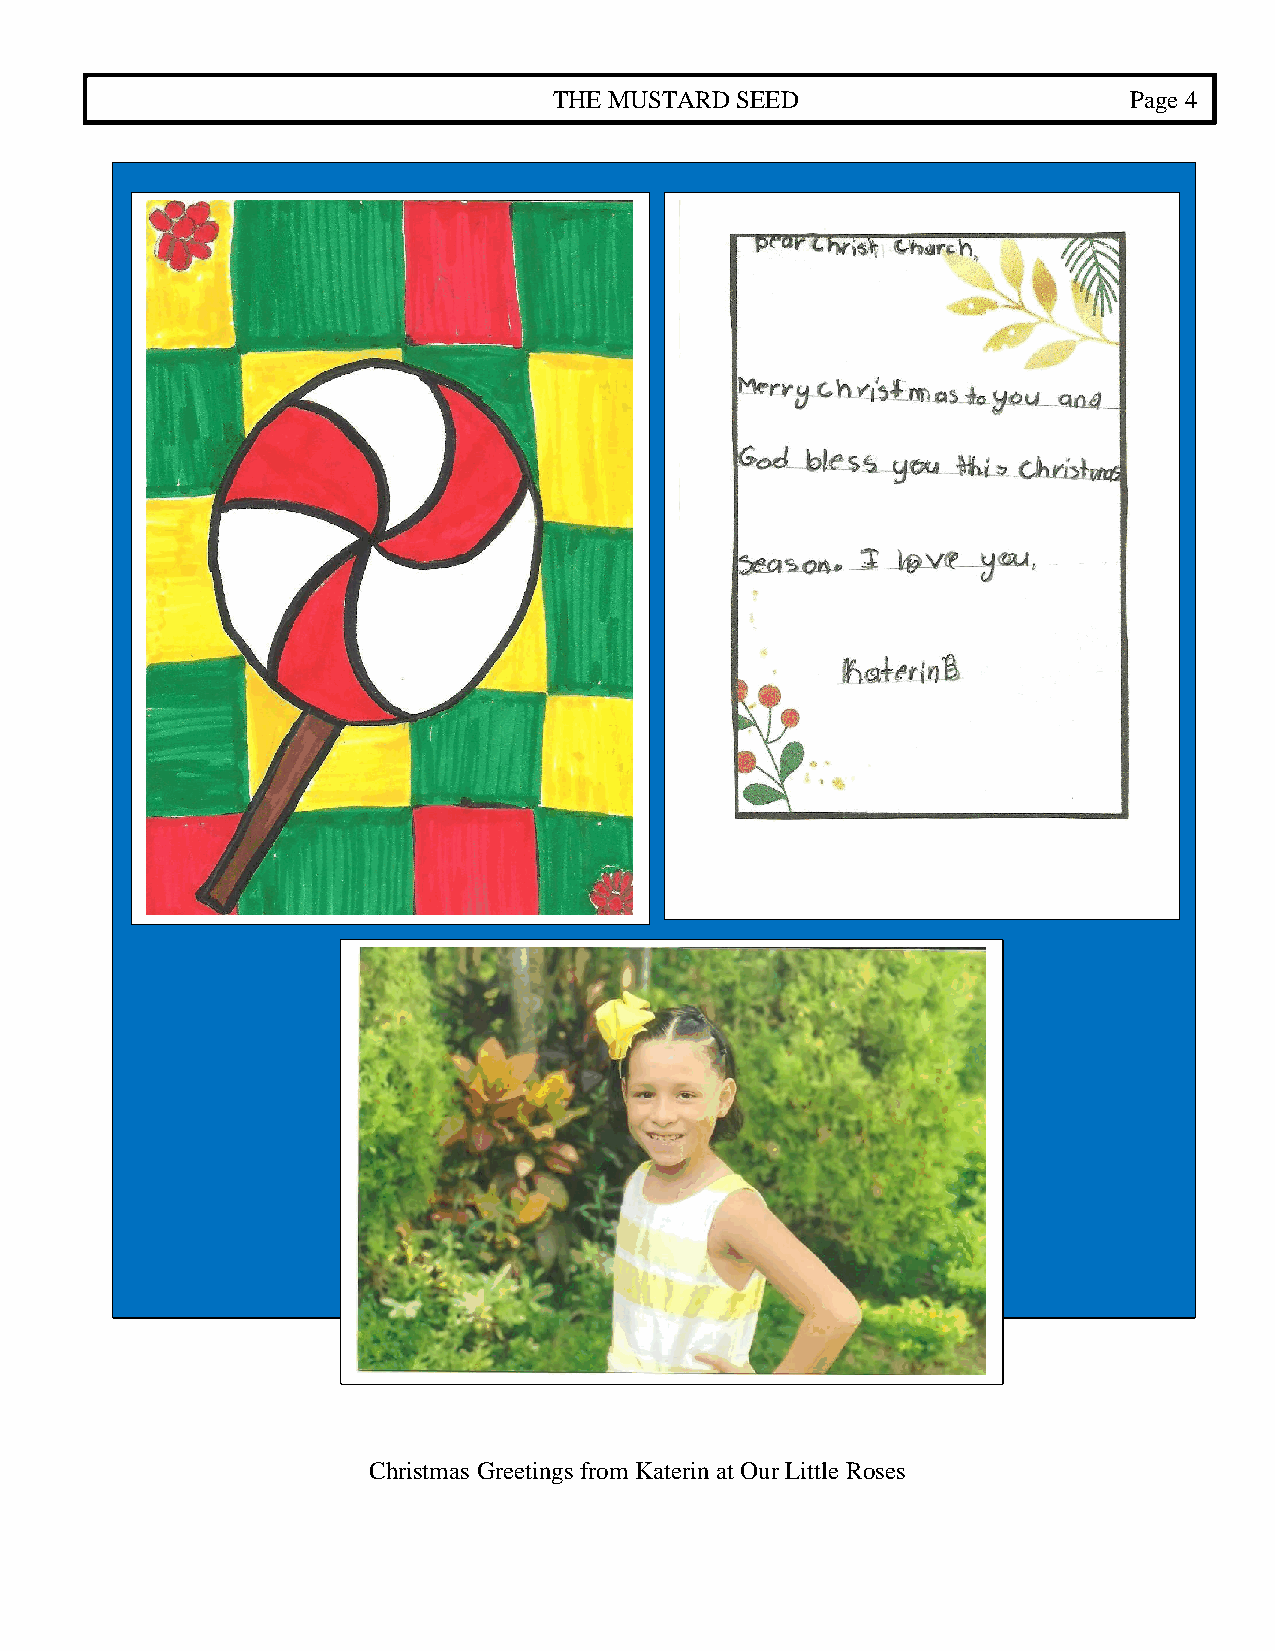
THE MUSTARD SEED                      Page 4
 Christmas Greetings from Katerin at Our Little Roses